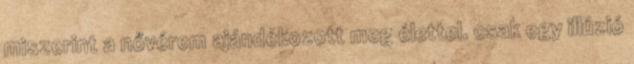
miszerint a nővérem ajándékozott meg élettel. csak egy illúzió